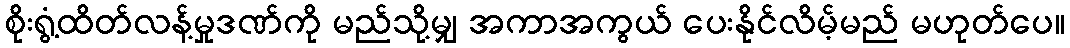
စိုးရွံ့ထိတ်လန့်မှုဒဏ်ကို မည်သို့မျှ အကာအကွယ် ပေးနိုင်လိမ့်မည် မဟုတ်ပေ။